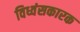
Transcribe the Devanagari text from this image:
विध्वंसकारक